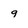
Character: 9